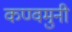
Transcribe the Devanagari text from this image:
कण्वमुनी